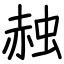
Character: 赨